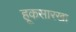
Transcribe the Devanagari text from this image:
हूकसारखा